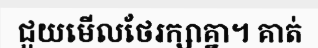
ជួយមើលថែរក្សាគ្នា។ គាត់